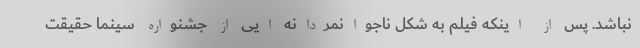
نباشد. پس از اینکه فیلم به شکل ناجوانمردانه ایی از جشنواره سینما حقیقت